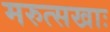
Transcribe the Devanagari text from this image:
मरुत्सखाः